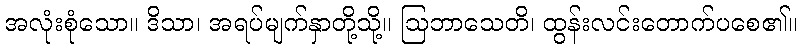
အလုံးစုံသော။ ဒိသာ၊ အရပ်မျက်နှာတို့သို့။ ဩဘာသေတိ၊ ထွန်းလင်းတောက်ပစေ၏။